Document type: Sale
Year: 1435
Scribe: Pere Soler
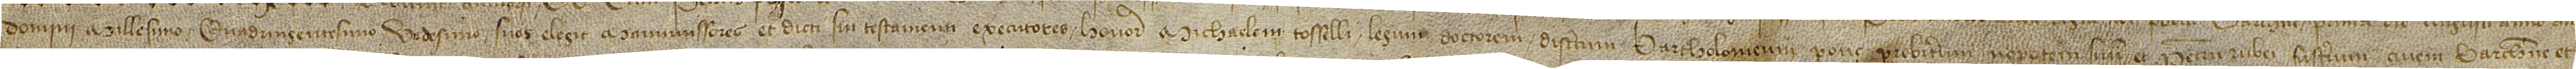
Domini millesimo quadringentesimo undesimo, suos elegit manumissores et dicti sui testamenti executores honorabilem Michaelem Rosselli, legum doctorem, discretum Bartholomeum Ponç, presbiterum, nepotem suum, et Petrum Rubei, fusterium, civem Barchinone, et